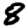
Digit: 8